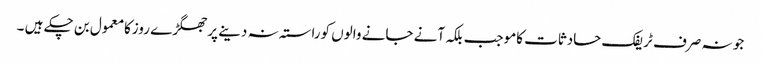
جو نہ صرف ٹریفک حادثات کاموجب بلکہ آنے جانے والوں کوراستہ نہ دینے پرجھگڑے روزکامعمول بن چکے ہیں ۔